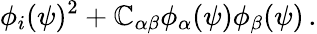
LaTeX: \phi_{i}(\psi)^{2}+\mathbb{C}_{\alpha\beta}\phi_{\alpha}(\psi)\phi_{\beta}(\psi)\, .